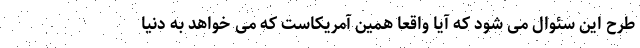
طرح این سئوال می شود که آیا واقعا همین آمریکاست که می خواهد به دنیا